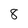
Character: 8